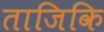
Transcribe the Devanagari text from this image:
ताजिकि